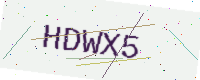
Text: HDWX5